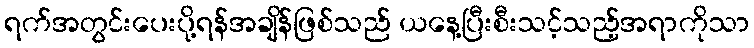
ရက်အတွင်းပေးပို့ရန်အချိန်ဖြစ်သည် ယနေ့ပြီးစီးသင့်သည့်အရာကိုသာ